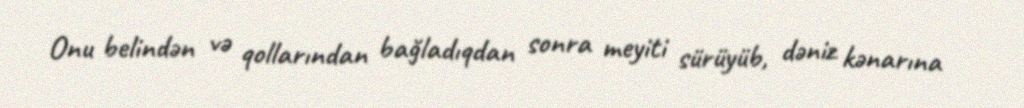
Onu belindən və qollarından bağladıqdan sonra meyiti sürüyüb, dəniz kənarına